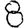
Digit: 8